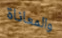
والمعاناة